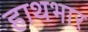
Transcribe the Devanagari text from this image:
हाथभार